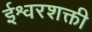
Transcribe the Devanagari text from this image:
ईश्वरशक्ती